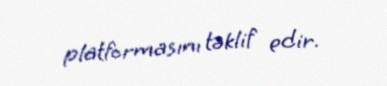
platformasını təklif edir.